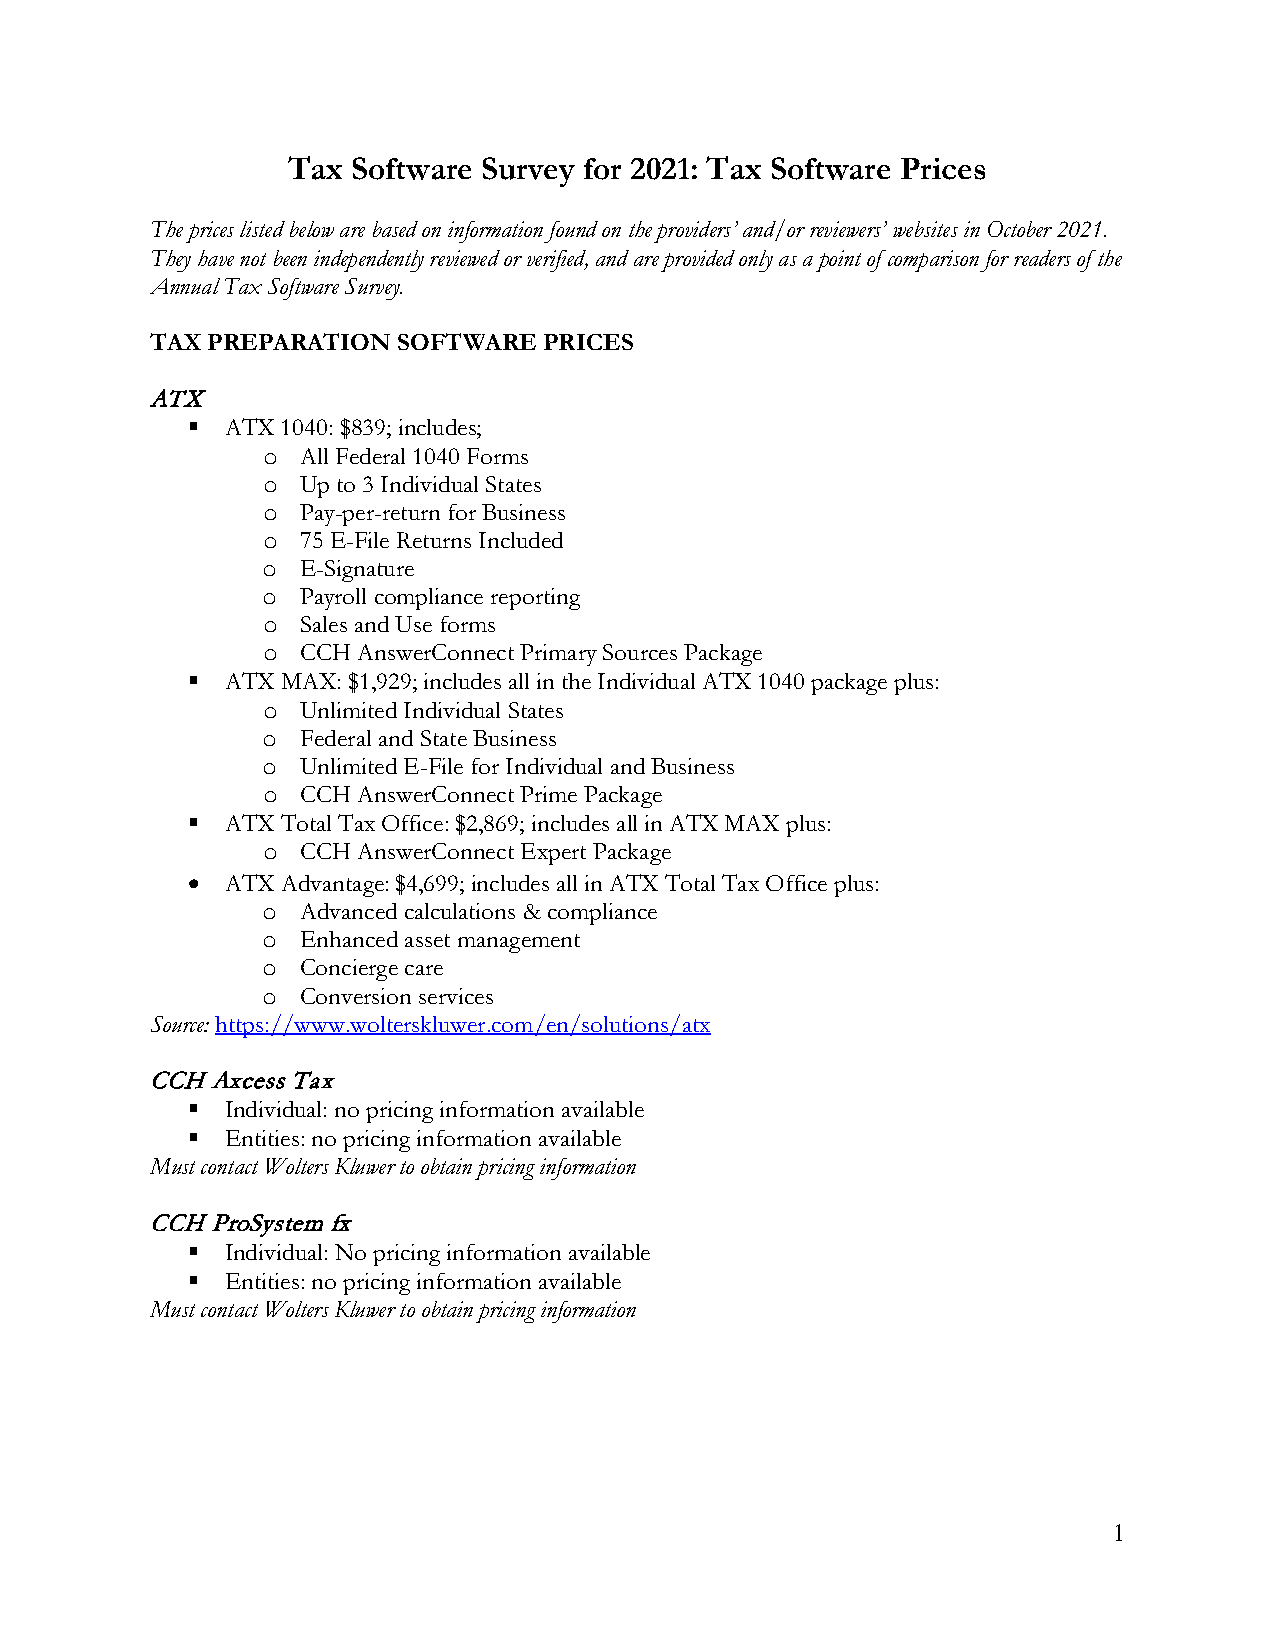
Tax Software Survey for 2021: Tax Software Prices
 The prices listed below are based on information found on the providers’ and/or reviewers’ websites in October 2021.
 They have not been independently reviewed or verified, and are provided only as a point of comparison for readers of the
 Annual Tax Software Survey.
 TAX PREPARATION SOFTWARE  PRICES
 ATX
   ATX 1040: $839; includes;
 All Federal 1040 Forms
 o
 Up to 3 Individual States
 o
 Pay-per-return for Business
 o
 75 E-File Returns Included
 o
 E-Signature
 o
 Payroll compliance reporting
 o
 Sales and Use forms
 o
 CCH AnswerConnect Primary Sources Package
 o
   ATX MAX: $1,929; includes all in the Individual ATX 1040 package plus:
 Unlimited Individual States
 o
 Federal and State Business
 o
 Unlimited E-File for Individual and Business
 o
 CCH AnswerConnect Prime Package
 o
   ATX Total Tax Office: $2,869; includes all in ATX MAX plus:
 CCH AnswerConnect Expert Package
 o
 •  ATX Advantage: $4,699; includes all in ATX Total Tax Office plus:
 Advanced calculations & compliance
 o
 Enhanced asset management
 o
 Concierge care
 o
 Conversion services
 o
 Source: https://www.wolterskluwer.com/en/solutions/atx
 CCH Axcess Tax
   Individual: no pricing information available
   Entities: no pricing information available
 Must contact Wolters Kluwer to obtain pricing information
 CCH ProSystem fx
   Individual: No pricing information available
   Entities: no pricing information available
 Must contact Wolters Kluwer to obtain pricing information
 1